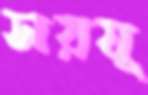
সরযূ